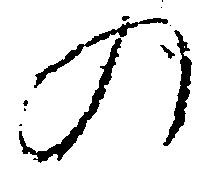
の